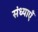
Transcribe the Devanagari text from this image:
संध्याएँ